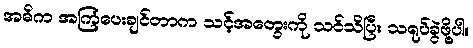
အဓိက အကြံပေးချင်တာက သင့်အတွေးကို သင်သိပြီး သရုပ်ခွဲဖို့ပါ။